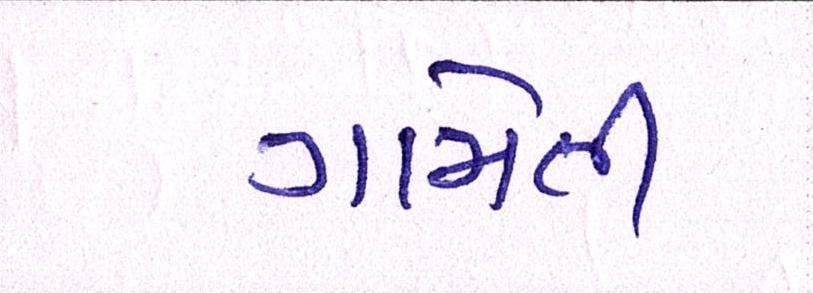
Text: ગામેતી